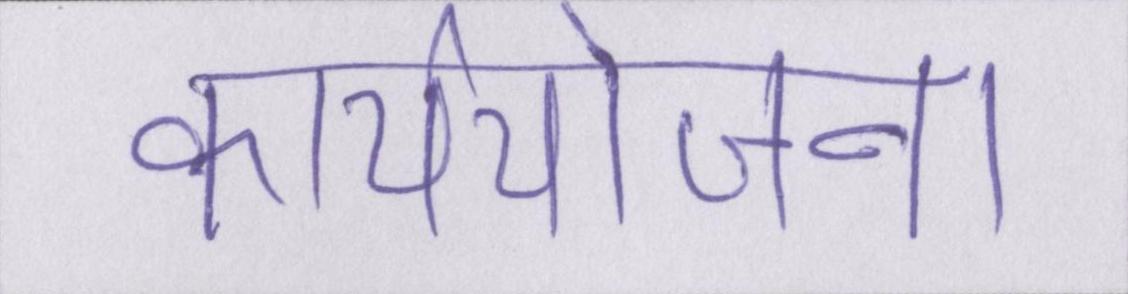
कार्ययोजना